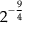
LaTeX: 2 ^ { - { \frac { 9 } { 4 } } }